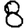
Digit: 8